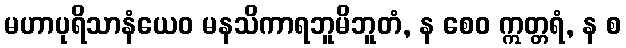
မဟာပုရိသာနံယေဝ မနသိကာရဘူမိဘူတံ, န စေဝ ဣတ္တရံ, န စ